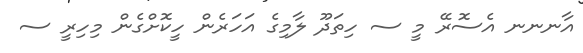
އާނނނ އެސޮރޭ މީ ސ ހިތަދޫ ލާމިގެ އަހަރެން ހީކޮށްގެން މިހިރީ ސ